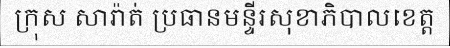
ក្រុស សារ៉ាត់ ប្រធានមន្ទីរសុខាភិបាលខេត្ត